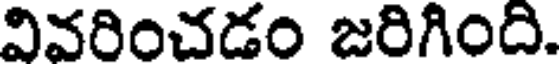
వివరించడం జరిగింది.